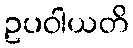
ဥပဝါယတိ